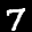
Label: 7